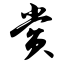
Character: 赏